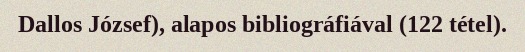
Dallos József), alapos bibliográfiával (122 tétel).